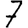
Digit: 7